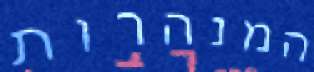
המנהרות